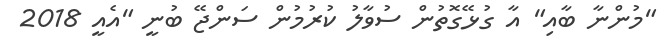
"މުންނާ ބާއި" އާ ގުޅޭގޮތުން ސުވާލު ކުރުމުން ސަންޖޭ ބުނީ "އެއީ 2018